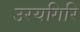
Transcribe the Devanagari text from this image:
उरयगिरि